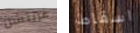
غريتشن اسقاط